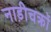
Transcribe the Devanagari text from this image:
नाड़ीचक्रों